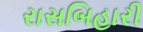
રાસબિહારી